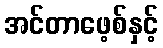
အင်တာဖေ့စ်နှင့်